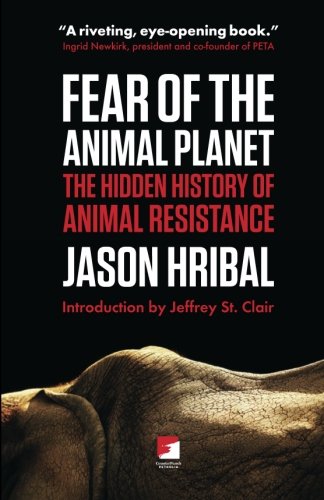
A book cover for Fear of the Animal Planet: The Hidden History of Animal Resistence; Jason Hribal; Science & Math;